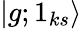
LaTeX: |g;1_{ks}\rangle